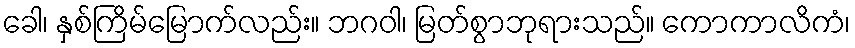
ခေါ၊ နှစ်ကြိမ်မြောက်လည်း။ ဘဂဝါ၊ မြတ်စွာဘုရားသည်။ ကောကာလိကံ၊